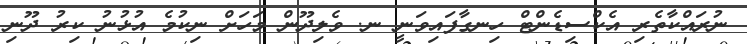
ނުރައްކާތެރި އެކްސިޑެންޓް ހިނގާފައިވަނީ ނ. ވެލިދޫން މަހަށް ނިކުމެ އުޅުނު ކިރު ދޫނި